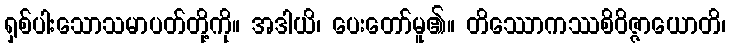
ရှစ်ပါးသောသမာပတ်တို့ကို။ အဒါယိ၊ ပေးတော်မူ၏။ တိဿောကဿစိဝိဇ္ဇာယောတိ၊